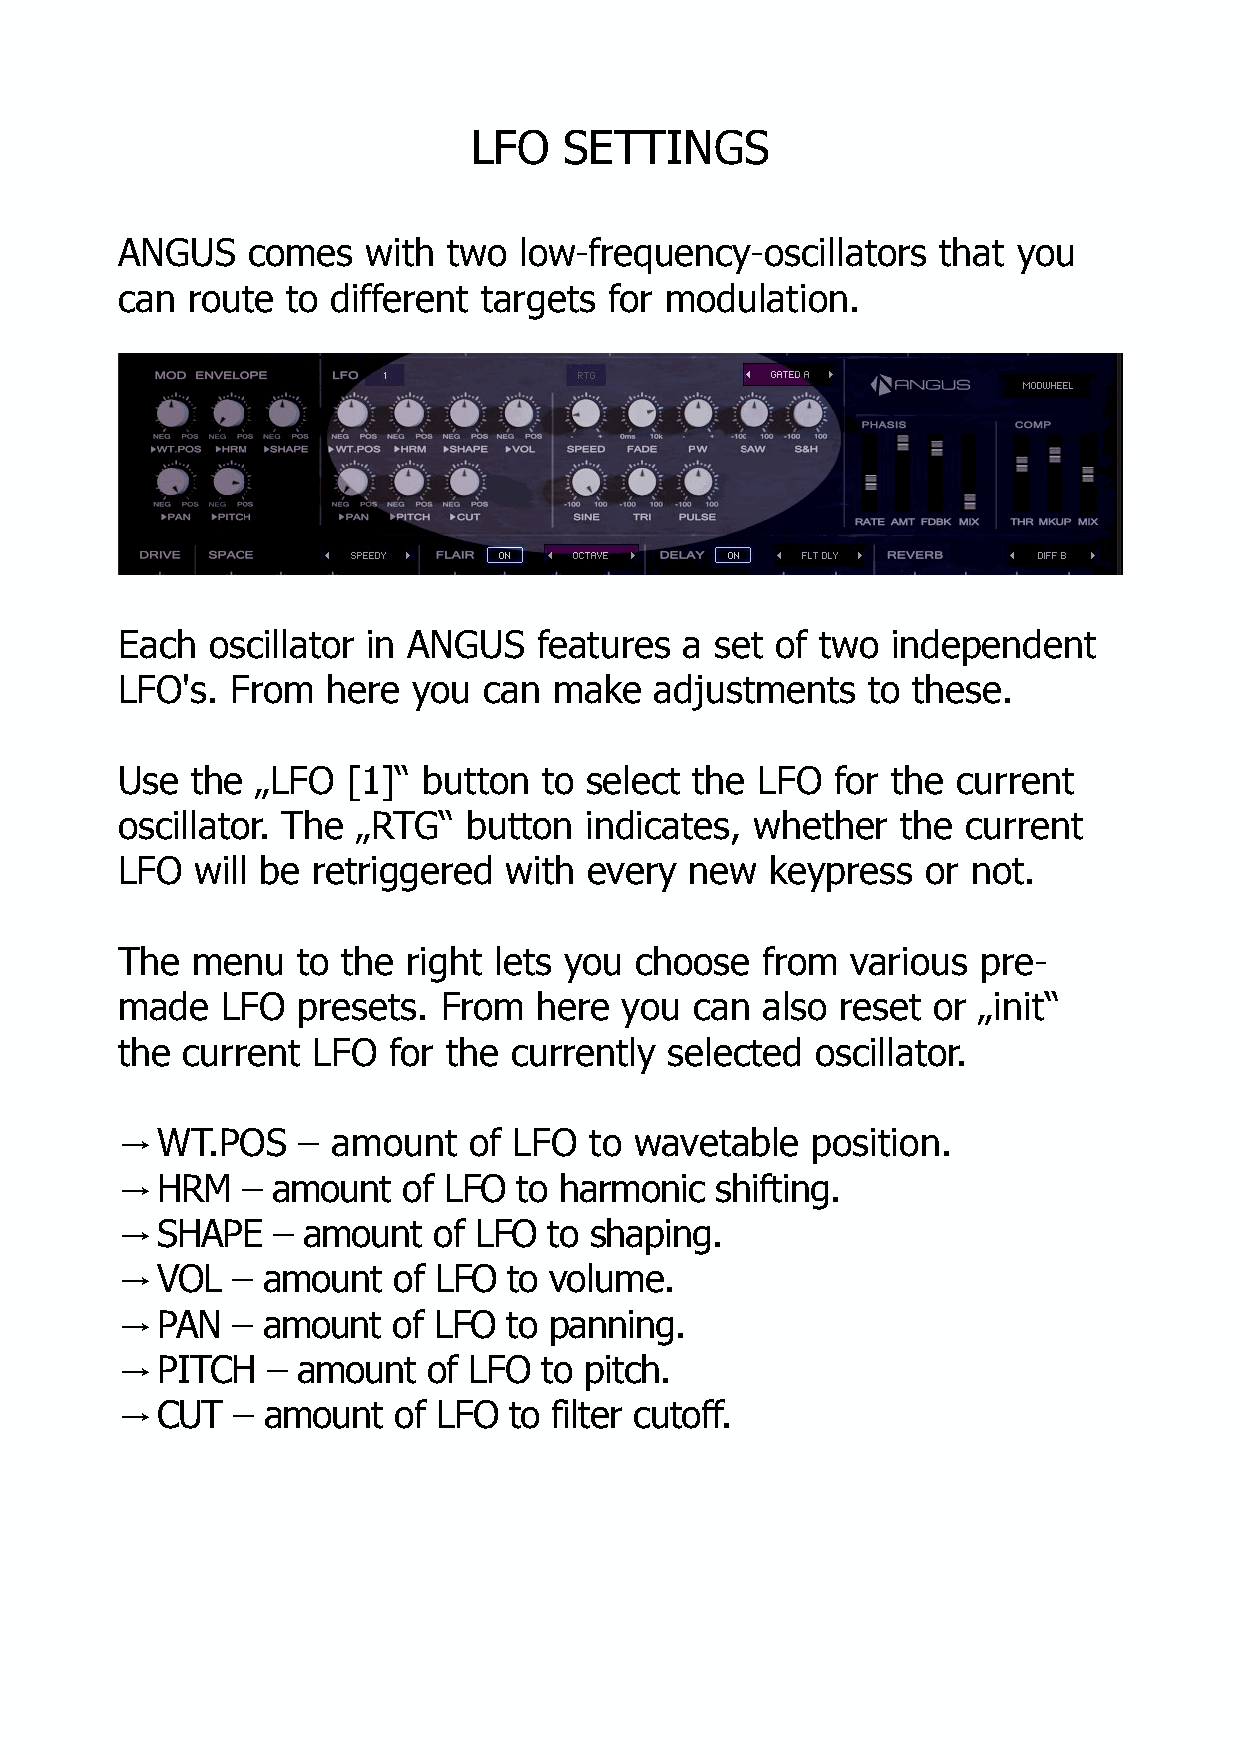
LFO   SETTINGS
 ANGUS   comes   with  two low-frequency-oscillators   that you
 can route  to different targets for modulation.
 Each  oscillator in ANGUS   features a set of two  independent
 LFO's. From   here you  can  make  adjustments   to these.
 Use  the „LFO  [1]“ button  to select the LFO  for the current
 oscillator. The „RTG“  button  indicates, whether   the current
 LFO  will be retriggered  with every  new  keypress  or not.
 The  menu   to the right lets you choose  from  various  pre-
 made   LFO  presets. From   here you  can  also reset or „init“
 the current  LFO  for the currently selected  oscillator.
 WT.POS    – amount   of LFO  to wavetable   position.
 →
 HRM   – amount   of LFO to harmonic  shifting.
 →
 SHAPE   – amount   of LFO to shaping.
 →
 VOL  – amount   of LFO  to volume.
 →
 PAN  – amount   of LFO  to panning.
 →
 PITCH   – amount  of LFO  to pitch.
 →
 CUT  – amount   of LFO  to filter cutoff.
 →